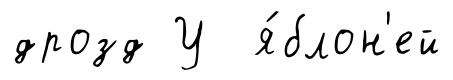
дрозд У я́блон'ей